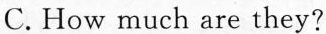
C.How much are they?